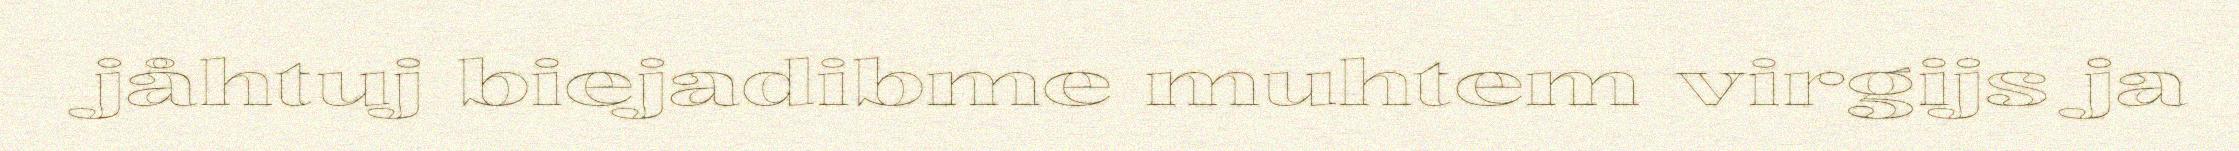
jåhtuj biejadibme muhtem virgijs ja